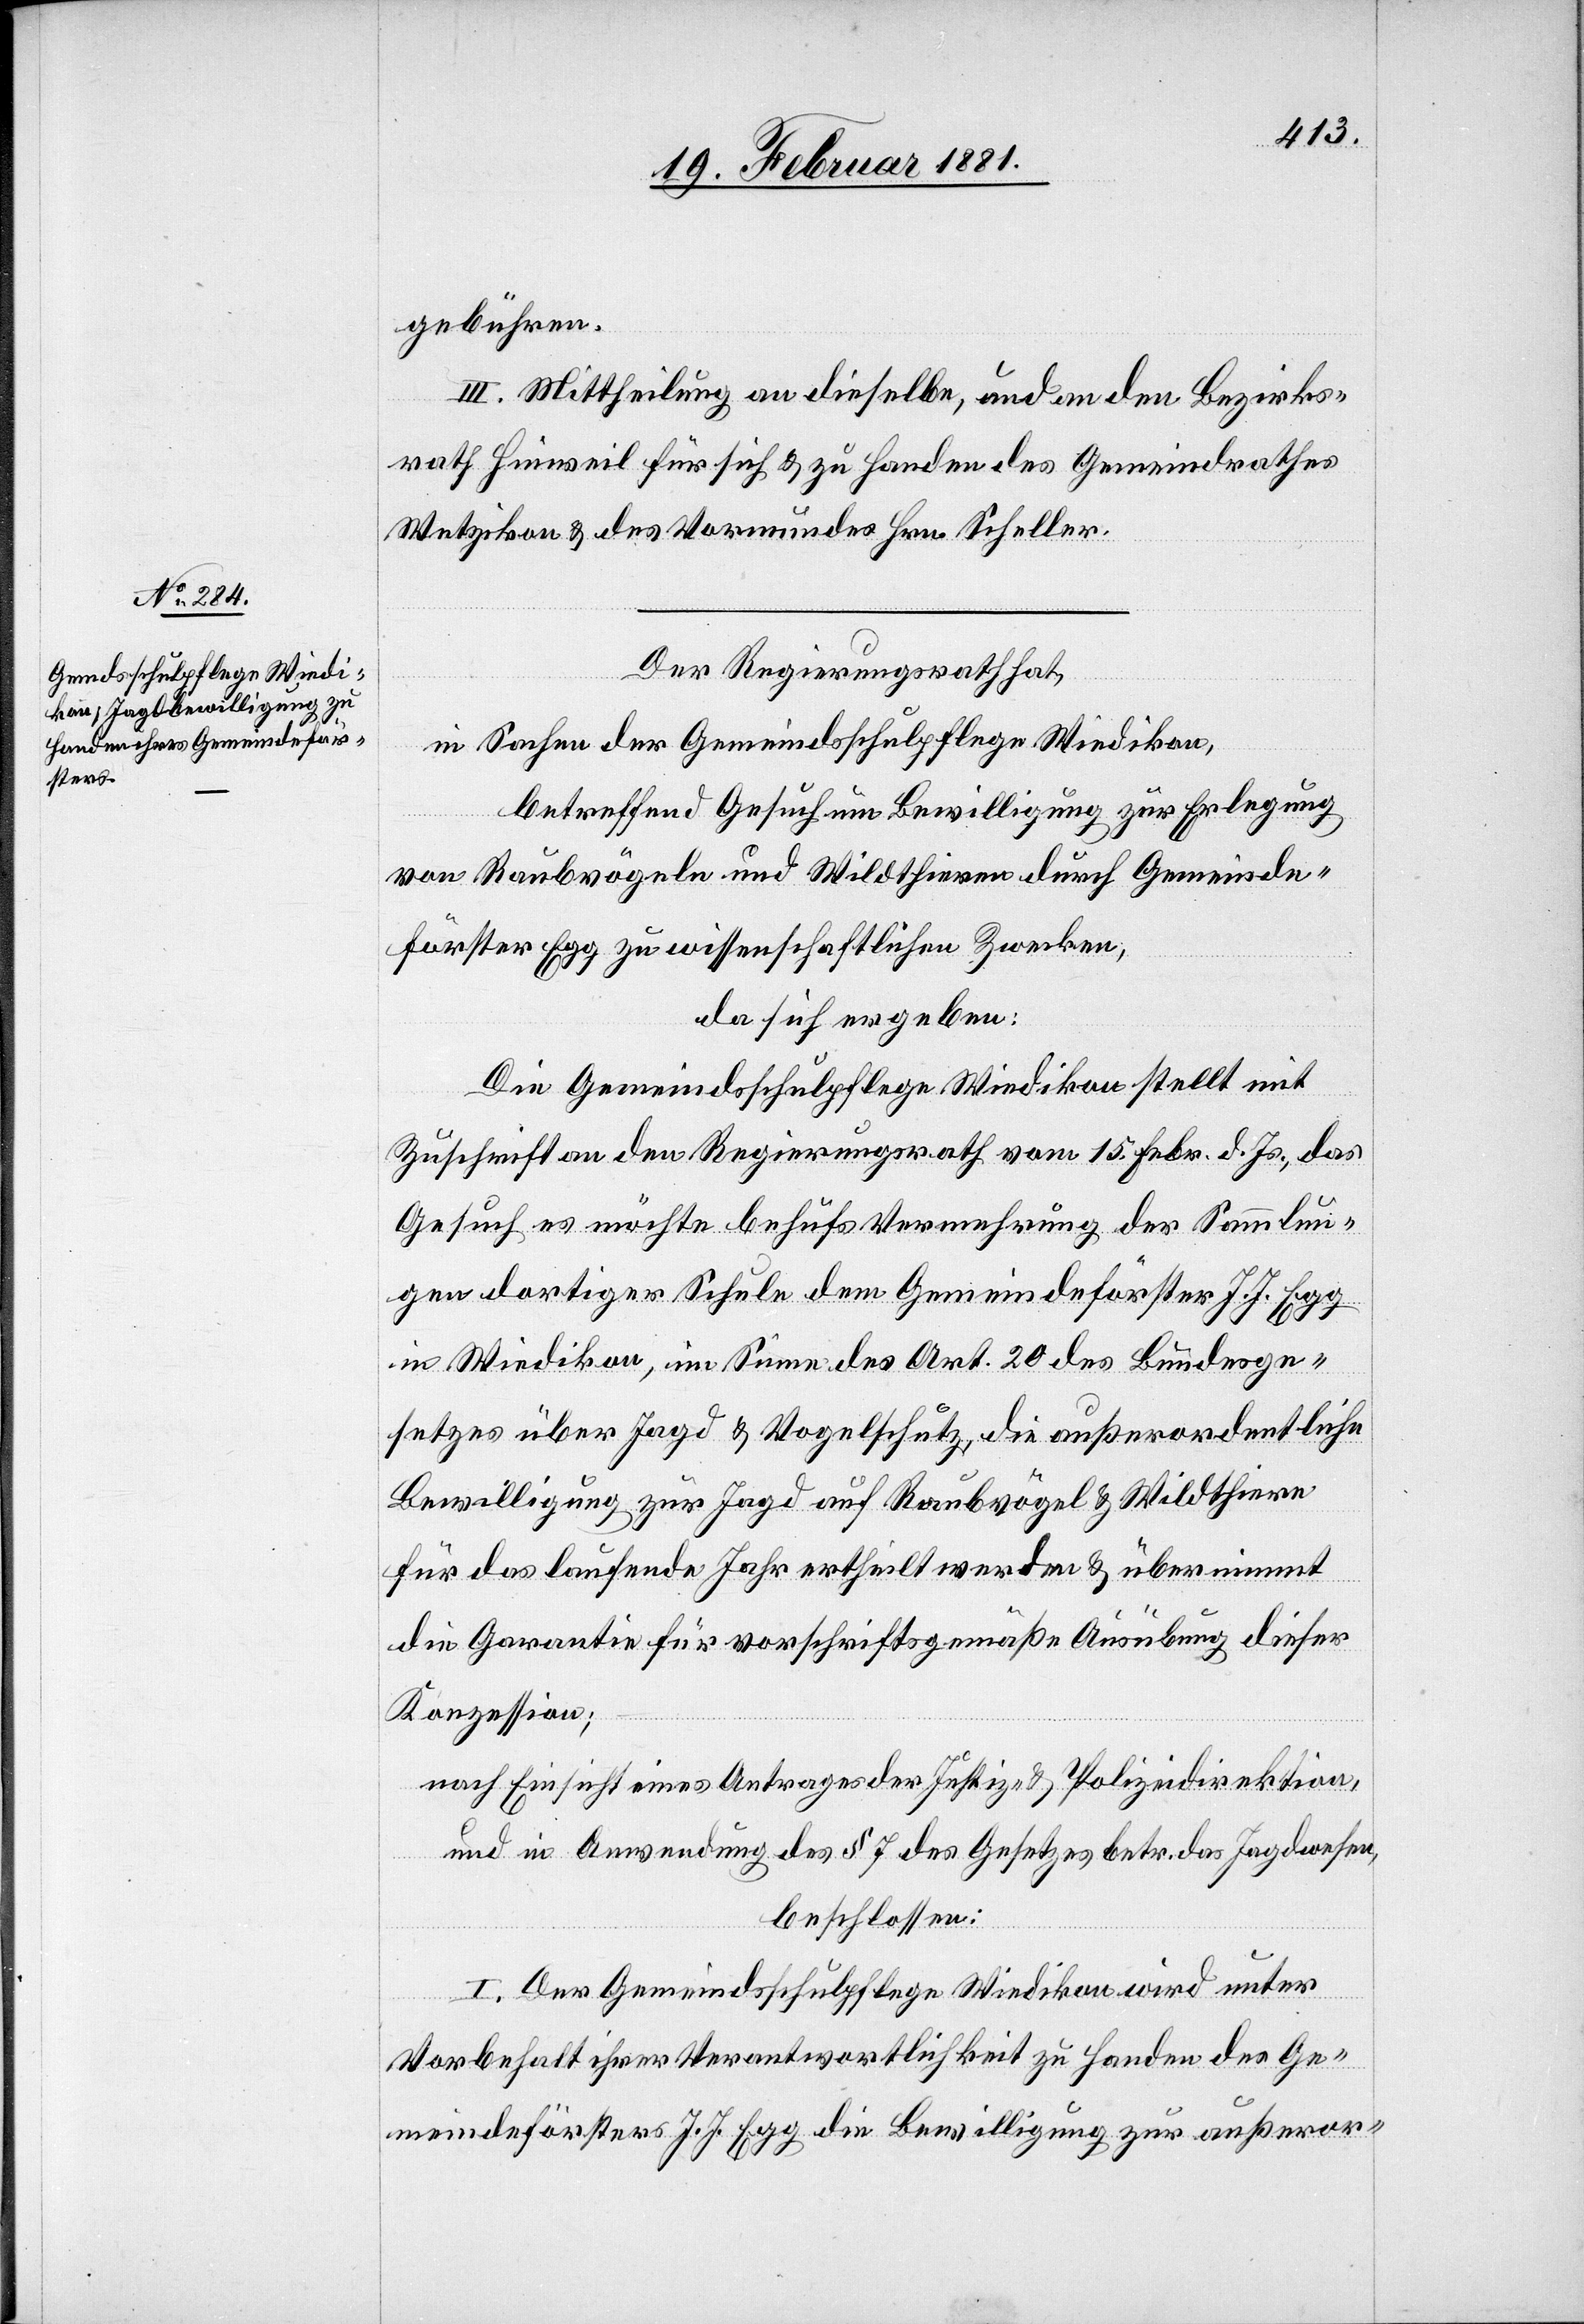
gebühren.
III. Mittheilung an dieselbe, und an den Bezirks¬
rath Hinweil für sich & zu Handen des Gemeindrathes
Wetzikon & des Vormundes Hrn. Scheller.
Der Regierungsrath hat,
in Sachen der Gemeindsschulpflege Wiedikon,
betreffend Gesuch um Bewilligung zu Erlegung
von Raubvögeln und Wildthieren durch Gemeinde¬
förster Egg zu wissenschaftlichen Zwecken,
da sich ergeben:
Die Gemeindsschulpflege Wiedikon stellt mit
Zuschrift an den Regierungsrath vom 15. Febr. d. Js., das
Gesuch es möchte behufs Vermehrung der Sammlun¬
g dortiger Schule dem Gemeindeförster J. J. Egg
in Wiedikon, im Sinne des Art. 20 des Bundesge¬
setzes über Jagd & Vogelschutz, die außerordentliche
Bewilligung zur Jagd auf Raubvögel & Wildthiere
für das laufende Jahr ertheilt werden & übernimmt
die Garantie für vorschriftsgemäße Ausübung dieser
Konzession;
nach Einsicht eines Antrages der Justiz- & Polizeidirektion,
und in Anwendung des § 7 des Gesetzes betr. das Jagdwesen,
beschlossen:
I. Der Gemeindsschulpflege Wiedikon wird unter
Vorbehalt ihrer Verantwortlichkeit zu Handen des Ge¬
meindeförsters J. J. Egg die Bewilligung zur außeror-